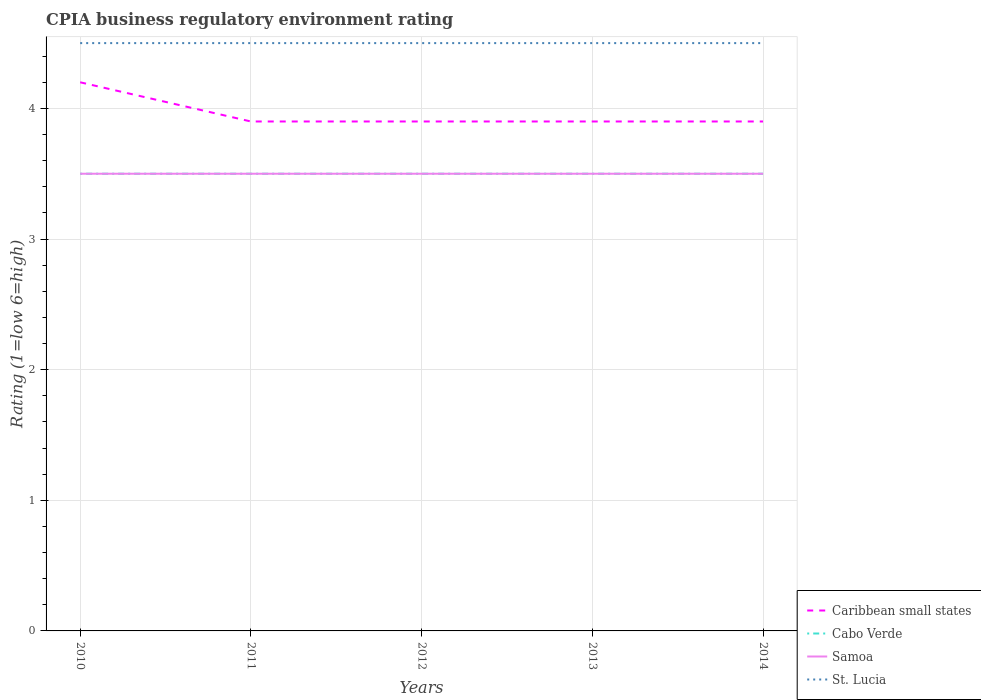
| Years | Caribbean small states | Cabo Verde | Samoa | St. Lucia |
 | --- | --- | --- | --- | --- |
 | 2010 | 4.2 | 3.5 | 3.5 | 4.5 |
 | 2011 | 3.9 | 3.5 | 3.5 | 4.5 |
 | 2012 | 3.9 | 3.5 | 3.5 | 4.5 |
 | 2013 | 3.9 | 3.5 | 3.5 | 4.5 |
 | 2014 | 3.9 | 3.5 | 3.5 | 4.5 |